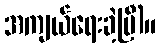
အကျယ်ရေးခဲ့ပြီ)။